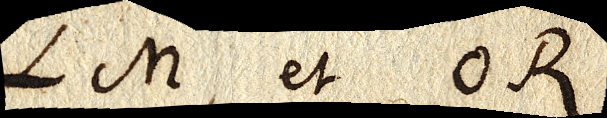
LM, et OR.